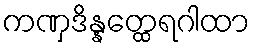
ကဏှဒိန္နတ္ထေရဂါထာ